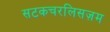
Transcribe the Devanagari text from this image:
सटकचरलिसज़म